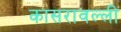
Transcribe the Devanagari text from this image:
कासरावल्ली